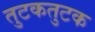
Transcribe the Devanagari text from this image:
तुटकतुटक